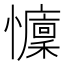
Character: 𢤭